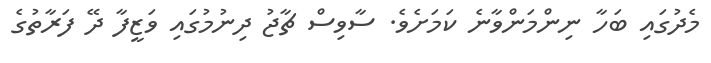
މެދުގައި ބަހާ ނިންމަންވާނެ ކަމަށެވެ. ސާވިސް ޗާޖު ދިނުމުގައި ވަޒީފާ ދޭ ފަރާތުގެ